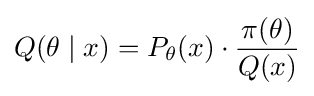
Q(\theta \mid x)=P_{\theta }(x)\cdot {\frac {\pi (\theta )}{Q(x)}}